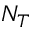
N _ { T }